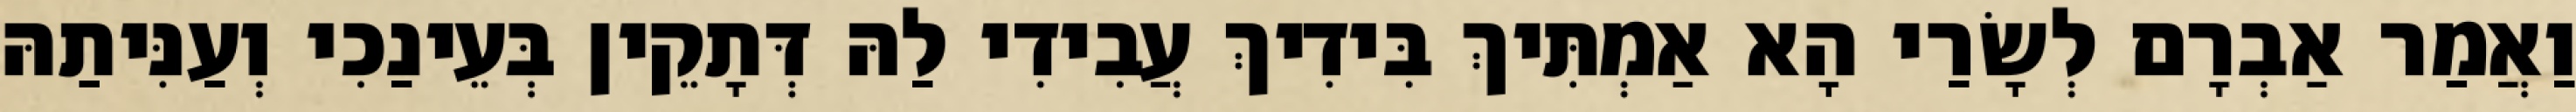
וַאֲמַר אַבְרָם לְשָׂרַי הָא אַמְתִּיךְ בִּידִיךְ עֲבִידִי לַהּ דְּתָקֵין בְּעֵינַכִי וְעַנִּיתַהּ